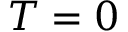
T = 0